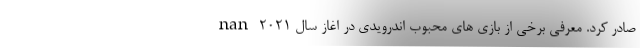
صادر کرد. معرفی برخی از بازی های محبوب اندرویدی در اغاز سال 2021 nan